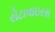
રોટાવાઇરસ